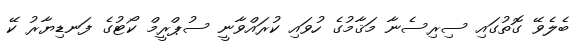
ބެލެވޭ ގޮތުގައި ސިރިސެނާ މަޤާމުގެ ހުވައި ކުރައްވާނީ ސުޕްރީމް ކޯޓުގެ ފަނޑިޔާރު ކޭ